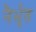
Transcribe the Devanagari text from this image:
नैर्भृत